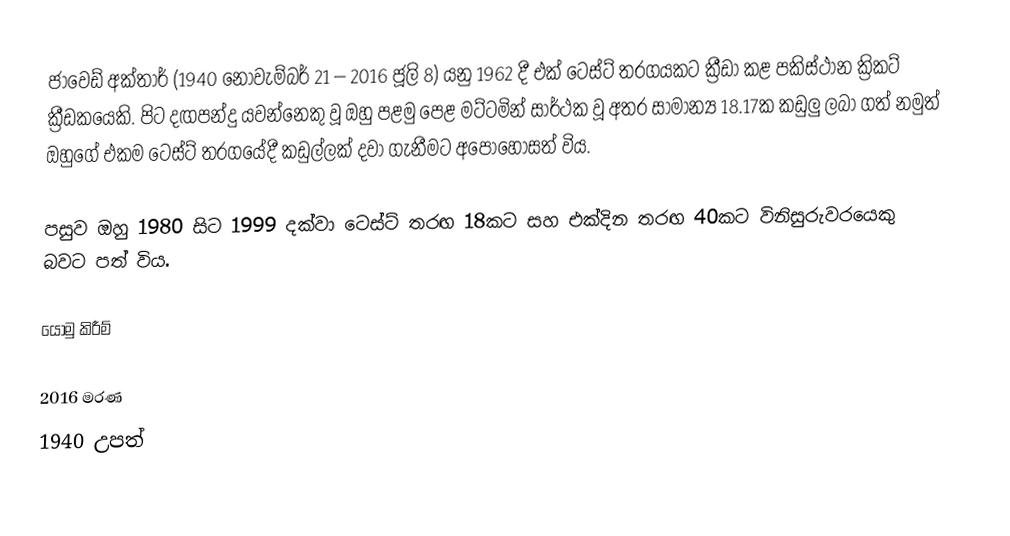
ජාවෙඩ් අක්තාර් (1940 නොවැම්බර් 21 – 2016 ජූලි 8) යනු 1962 දී එක් ටෙස්ට් තරගයකට ක්‍රීඩා කළ පකිස්ථාන ක්‍රිකට් ක්‍රීඩකයෙකි. පිට දඟපන්දු යවන්නෙකු වූ ඔහු පළමු පෙළ මට්ටමින් සාර්ථක වූ අතර සාමාන්‍ය 18.17ක කඩුලු ලබා ගත් නමුත් ඔහුගේ එකම ටෙස්ට් තරගයේදී කඩුල්ලක් දවා ගැනීමට අපොහොසත් විය.

පසුව ඔහු 1980 සිට 1999 දක්වා ටෙස්ට් තරඟ 18කට සහ එක්දින තරඟ 40කට විනිසුරුවරයෙකු බවට පත් විය.

යොමු කිරීම්

2016 මරණ
1940 උපත්